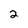
Character: 2